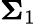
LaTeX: {\boldsymbol{\Sigma}}_{1}